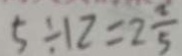
5 \div 1 2 = 2 \frac { 1 } { 5 }